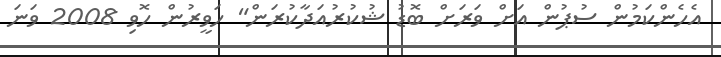
އެހެންކަމުން ސުޕުން އަށް ވަރަށް ބޮޑު ޝުކުރުއަދާކުރަން" ހަވީރުން ހޮވި 2008 ވަނަ